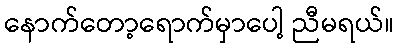
နောက်တော့ရောက်မှာပေါ့ ညီမရယ်။